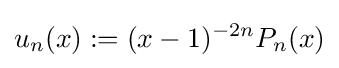
u_{n}(x):=(x-1)^{-2n}P_{n}(x)